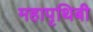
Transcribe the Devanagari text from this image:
महापृथिबी